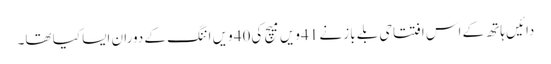
دائیں ہاتھ کے اس افتتاحی بلے باز نے 41ویں میچ کی40 ویں اننگ کے دوران ایسا کیا تھا۔